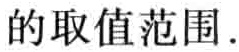
的取值范围.